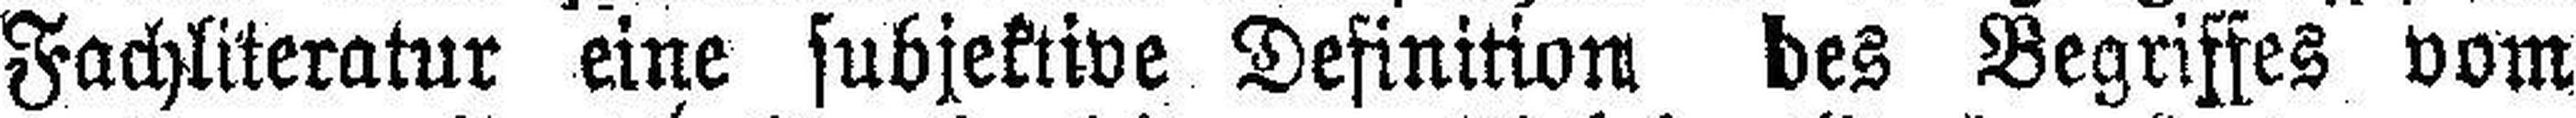
Fachliteratur eine subjektive Definition des Begriffes vom